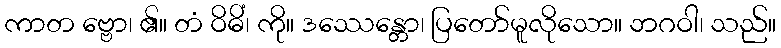
ကာတ ဗ္ဗော၊ ၏။ တံ ဝိဓိံ၊ ကို။ ဒဿေန္တော၊ ပြတော်မူလိုသော။ ဘဂဝါ၊ သည်။